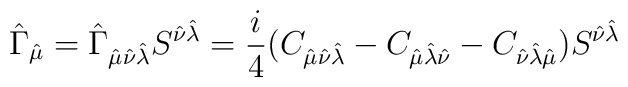
\hat\Gamma_{\hat\mu}=\hat\Gamma_{\hat\mu\hat\nu\hat\lambda}S^{\hat\nu \hat\lambda}=\frac{i}{4}(C_{\hat\mu \hat\nu \hat\lambda}-C_{\hat\mu \hat\lambda \hat\nu}-C_{\hat\nu \hat\lambda \hat\mu})S^{\hat\nu\hat\lambda}